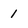
Character: 1